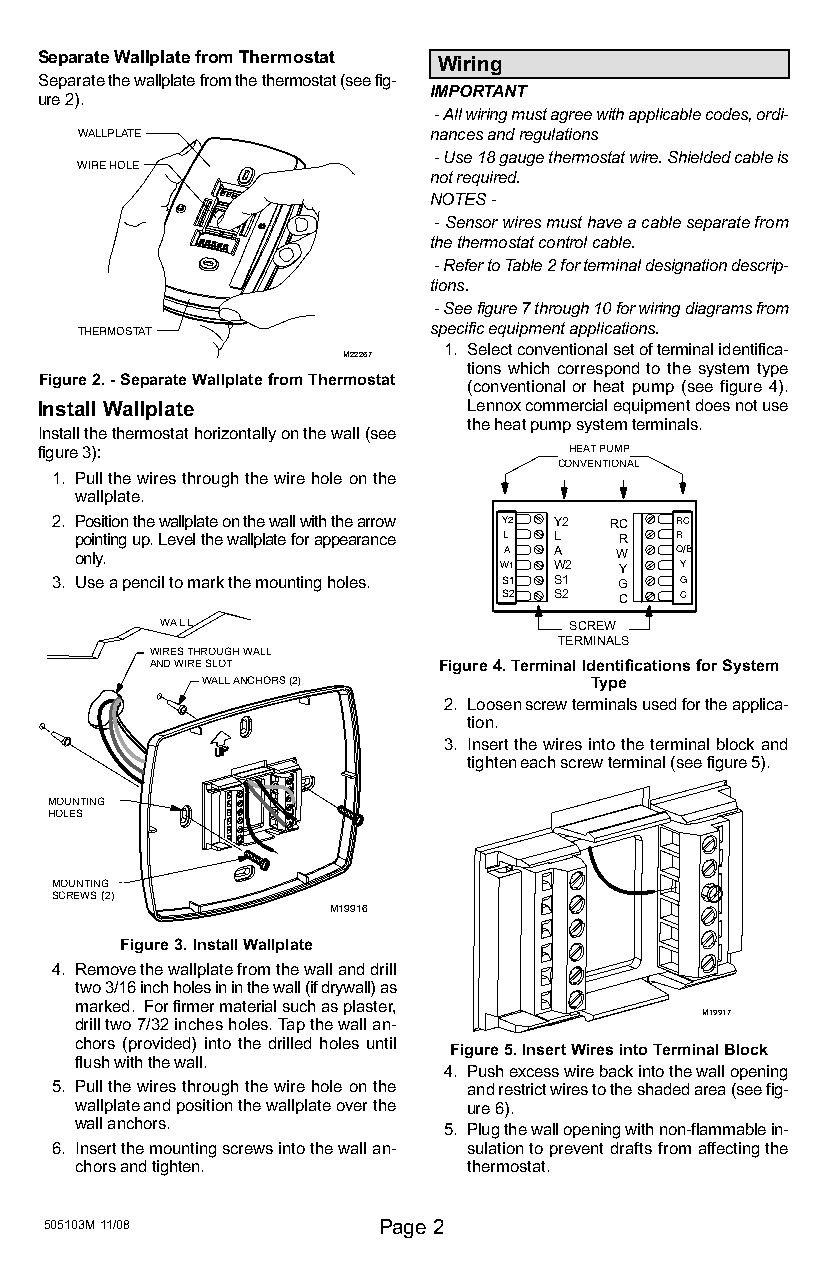
Separate Wallplate from Thermostat Wiring
 Separate the wallplate from the thermostat (see fig-
 IMPORTANT
 ure 2).
 − All wiring must agree with applicable codes, ordi-
 WALLPLATE              nances and regulations
 − Use 18 gauge thermostat wire. Shielded cable is
 WIRE HOLE
 not required.
 NOTES −
 − Sensor wires must have a cable separate from
 the thermostat control cable.
 − Refer to Table 2 for terminal designation descrip-
 tions.
 − See figure 7 through 10 for wiring diagrams from
 specific equipment applications.
 THERMOSTAT
 1. Select conventional set of terminal identifica-
 M22267
 tions which correspond to the system type
 Figure 2. − Separate Wallplate from Thermostat
 (conventional or heat pump (see figure 4).
 Install Wallplate            Lennox commercial equipment does not use
 the heat pump system terminals.
 Install the thermostat horizontally on the wall (see
 figure 3):                          HEAT PUMP
 CONVENTIONAL
 1. Pull the wires through the wire hole on the
 wallplate.
 2. Position the wallplate on the wall with the arrow Y2 Y2 RC RC
 pointing up. Level the wallplate for appearance L L R R
 only.                       A   A   W   O/B
 W1  W2  Y   Y
 3. Use a pencil to mark the mounting holes. S1 S1 G G
 S2  S2  C   C
 WALL                       SCREW
 TERMINALS
 WIRES THROUGH WALL
 AND WIRE SLOT      Figure 4. Terminal Identifications for System
 WALL ANCHORS (2)          Type
 2. Loosen screw terminals used for the applica-
 tion.
 3. Insert the wires into the terminal block and
 tighten each screw terminal (see figure 5).
 MOUNTING
 HOLES
 MOUNTING
 SCREWS (2)
 M19916
 Figure 3. Install Wallplate
 4. Remove the wallplate from the wall and drill
 two 3/16 inch holes in in the wall (if drywall) as
 marked. For firmer material such as plaster,
 M19917
 drill two 7/32 inches holes. Tap the wall an-
 chors (provided) into the drilled holes until
 Figure 5. Insert Wires into Terminal Block
 flush with the wall.
 4. Push excess wire back into the wall opening
 5. Pull the wires through the wire hole on the and restrict wires to the shaded area (see fig-
 wallplate and position the wallplate over the ure 6).
 wall anchors.           5. Plug the wall opening with non−flammable in-
 6. Insert the mounting screws into the wall an- sulation to prevent drafts from affecting the
 chors and tighten.        thermostat.
 505103M 11/08         Page 2